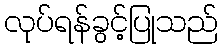
လုပ်ရန်ခွင့်ပြုသည်